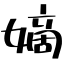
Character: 嫡